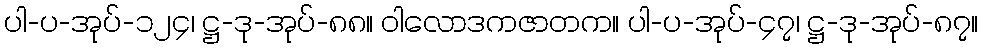
ပါ-ပ-အုပ်-၁၂၄၊ ဋ္ဌ-ဒု-အုပ်-၈၈။ ဝါလောဒကဇာတက။ ပါ-ပ-အုပ်-၄၇၊ ဋ္ဌ-ဒု-အုပ်-၈၇။